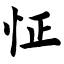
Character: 怔